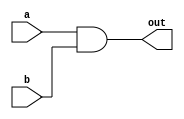
module Branch_and(a,b,out);

input a,b;

output out;


assign out = a & b;



endmodule